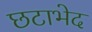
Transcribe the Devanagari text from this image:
छटाभेद